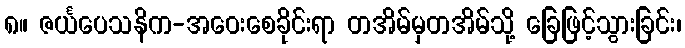
၈။ ဇင်္ယပေသနိက-အဝေးစေခိုင်းရာ တအိမ်မှတအိမ်သို့ ခြေဖြင့်သွားခြင်း၊